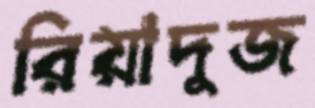
রিয়াদুজ